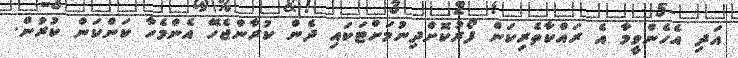
އަދި އެހެންވީމާ އެ ރައްކާތެރިކަން ފޯރުކޮށްދިނުމަށްޓަކައި ދެން ކުރާންޖެހޭ އެންމެހާ ކަންކަން ކުރުން.